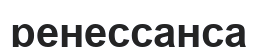
ренессанса